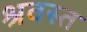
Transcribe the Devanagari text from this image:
श्रवस्त